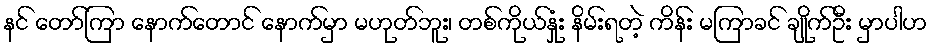
နင် တော်ကြာ နောက်တောင် နောက်မှာ မဟုတ်ဘူး၊ တစ်ကိုယ်နှုံး နိမ်းရတဲ့ ကိန်း မကြာခင် ချိုက်ဦး မှာပါဟ